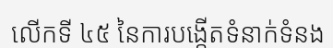
លើកទី ៤៥ នៃការបង្កើតទំនាក់ទំនង